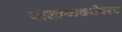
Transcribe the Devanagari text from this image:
पाडावाबरोबरच